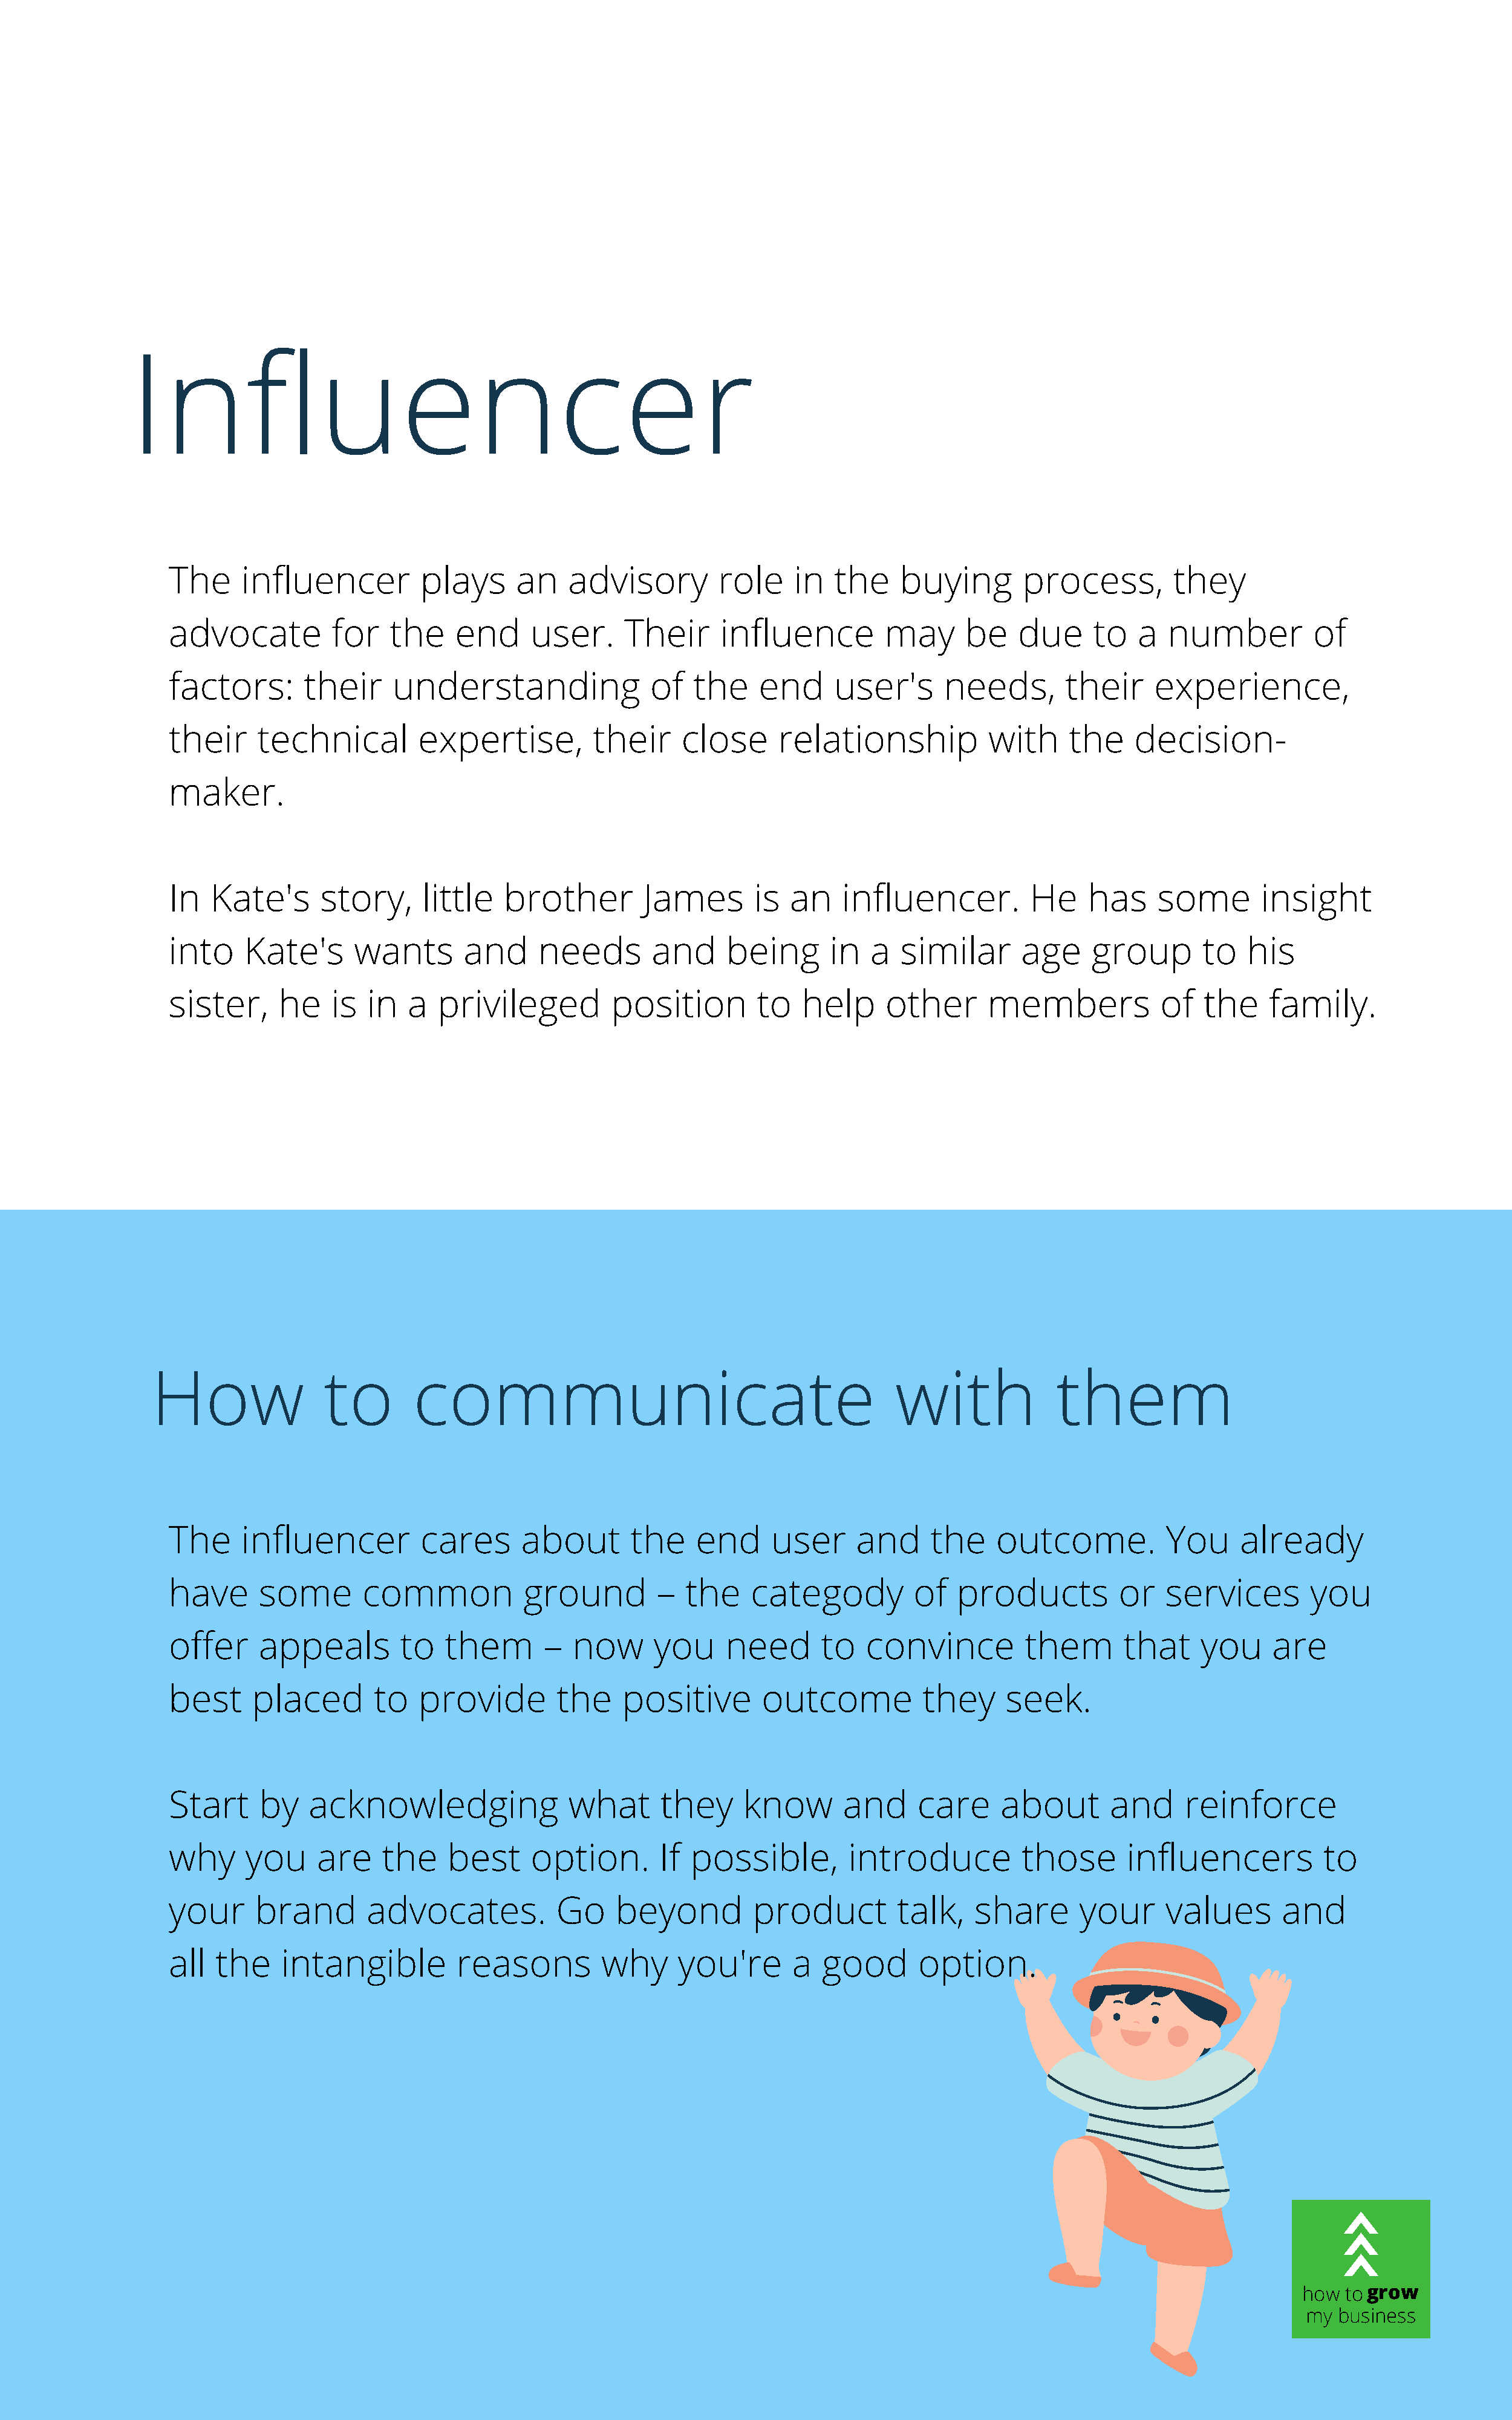
Influencer
 The     influencer          plays      an   advisory         role    in  the     buying       process,         they
 advocate          for    the    end     user.     Their      influence         may      be    due     to   a  number          of
 factors:       their     understanding               of   the    end     user's      needs,        their     experience,
 their     technical         expertise,         their     close     relationship           with     the    decision-
 maker.
 In   Kate's      story,     little   brother        James        is  an   influencer.          He    has     some       insight
 into     Kate's      wants       and     needs       and      being      in  a   similar      age     group       to   his
 sister,     he    is  in   a  privileged         position        to   help     other      members            of   the    family.
 How               to        communicate                                          with              them
 The     influencer          cares      about       the    end     user      and     the    outcome.           You     already
 have      some        common           ground         –  the    categody          of   products          or   services        you
 offer     appeals         to   them       –  now      you    need       to   convince         them       that     you    are
 best      placed       to   provide        the    positive       outcome           they     seek.
 Start     by    acknowledging               what      they     know       and      care     about       and     reinforce
 why      you     are    the    best     option.       If  possible,        introduce          those      influencers           to
 your      brand       advocates.           Go    beyond         product         talk,    share      your      values      and
 all   the    intangible         reasons         why     you're       a  good       option.
 how togrow
 my business